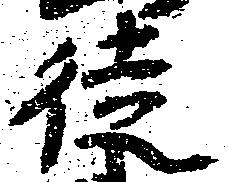
徒